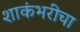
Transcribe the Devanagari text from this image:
शाकंभरीचा